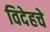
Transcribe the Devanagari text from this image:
विदेहचे